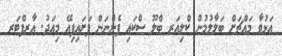
އަޅުވާ މައްޗަށް ބަލާލުމުން ކްލިއަރ ބްލޫ ސްކައި ފެންނަން ފަށައިފިއޭ މިއަދު. އާރފްޓަރ